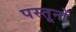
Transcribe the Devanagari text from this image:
पस्तूनों